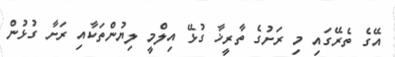
އޭގެ ތެރޭގައި މި ރަށުގެ ތާރީޚާ ގުޅޭ އިލްމީ ލިޔުންތަކާއި ރަށާ ގުޅުން